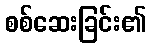
စစ်ဆေးခြင်း၏